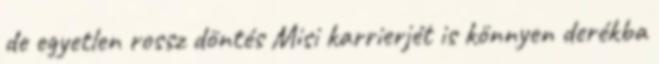
de egyetlen rossz döntés Misi karrierjét is könnyen derékba